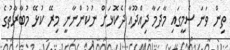
ތިން ވަނަ ސެމީގައި މާދަމާ ދިއްދޫއާ ދެކޮޅަށް ނުކުންނާނީ މިރޭ ކުޅޭ މުބާރާތުގެ